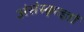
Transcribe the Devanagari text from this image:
अंसंस्कृत्ज्ञों